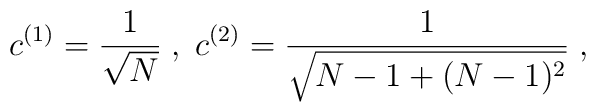
c^{(1)} = \frac{1}{\sqrt{N}} \; , \;c^{(2)} = \frac{1}{\sqrt{N-1+(N-1)^2}} \; ,